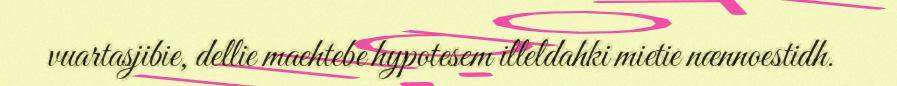
vuartasjibie, dellie maehtebe hypotesem illeldahki mietie nænnoestidh.